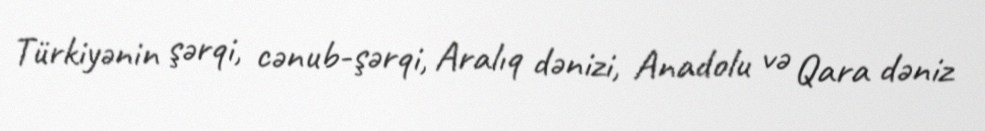
Türkiyənin şərqi, cənub-şərqi, Aralıq dənizi, Anadolu və Qara dəniz